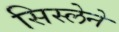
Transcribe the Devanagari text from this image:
सिस्लेने